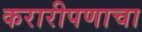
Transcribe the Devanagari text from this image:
करारीपणाचा